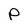
Character: P